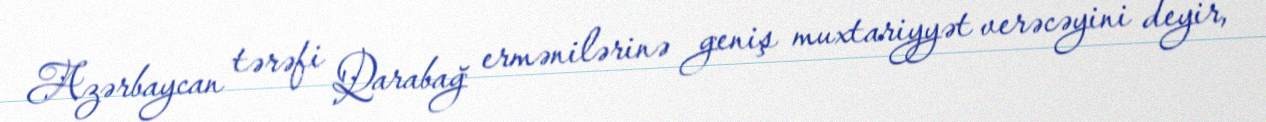
Azərbaycan tərəfi Qarabağ ermənilərinə geniş muxtariyyət verəcəyini deyir,